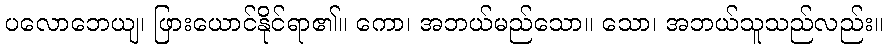
ပလောဘေယျ၊ ဖြားယောင်နိုင်ရာ၏။ ကော၊ အဘယ်မည်သော။ သော၊ အဘယ်သူသည်လည်း။